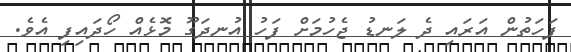
ފަހަތުން އަރައި ދެ ލަނޑު ޖެހުމަށް ފަހު އުނދަގޫ މޮޅެއް ހޯދައިފި އެވެ.